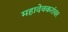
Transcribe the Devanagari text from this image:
महादेवकरांवर